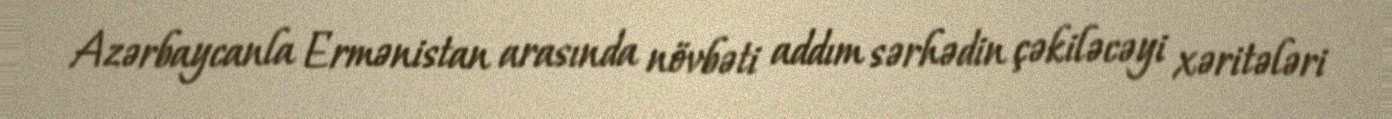
Azərbaycanla Ermənistan arasında növbəti addım sərhədin çəkiləcəyi xəritələri